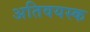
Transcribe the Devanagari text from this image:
अतिवयस्क